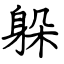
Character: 躲